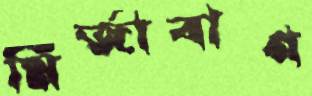
মির্জাবাগ